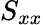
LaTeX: S_{xx}